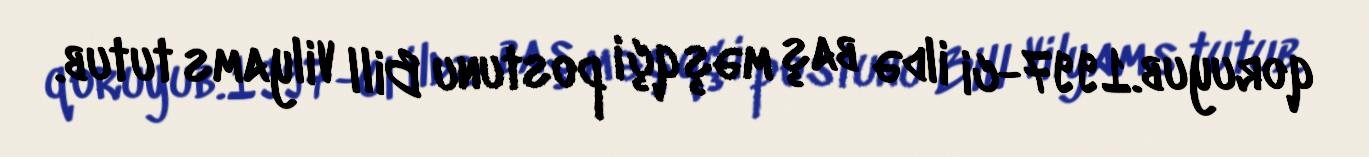
qoruyub.1997-ci ildə baş məşqçi postunu Bill Vilyams tutub.